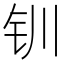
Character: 钏